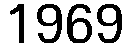
1969